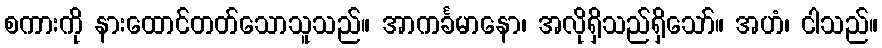
စကားကို နားထောင်တတ်သောသူသည်။ အာကင်္ခမာနော၊ အလိုရှိသည်ရှိသော်။ အဟံ၊ ငါသည်။